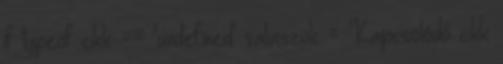
if typeof cikk == 'undefined' valaszok = 'Kapcsolódó cikk